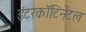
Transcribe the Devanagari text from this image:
इंटरकॉंटिनेंटल